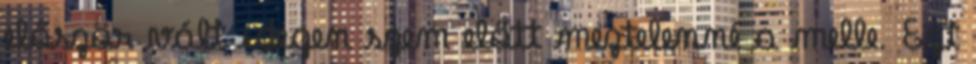
először vált idegen szem előtt meztelenné a melle. Ezt